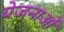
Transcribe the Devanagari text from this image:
येजनाओं